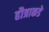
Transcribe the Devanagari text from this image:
हौत्राकडे